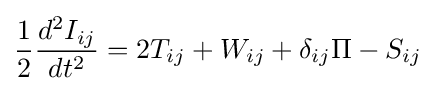
{\frac {1}{2}}{\frac {d^{2}I_{ij}}{dt^{2}}}=2T_{ij}+W_{ij}+\delta _{ij}\Pi -S_{ij}